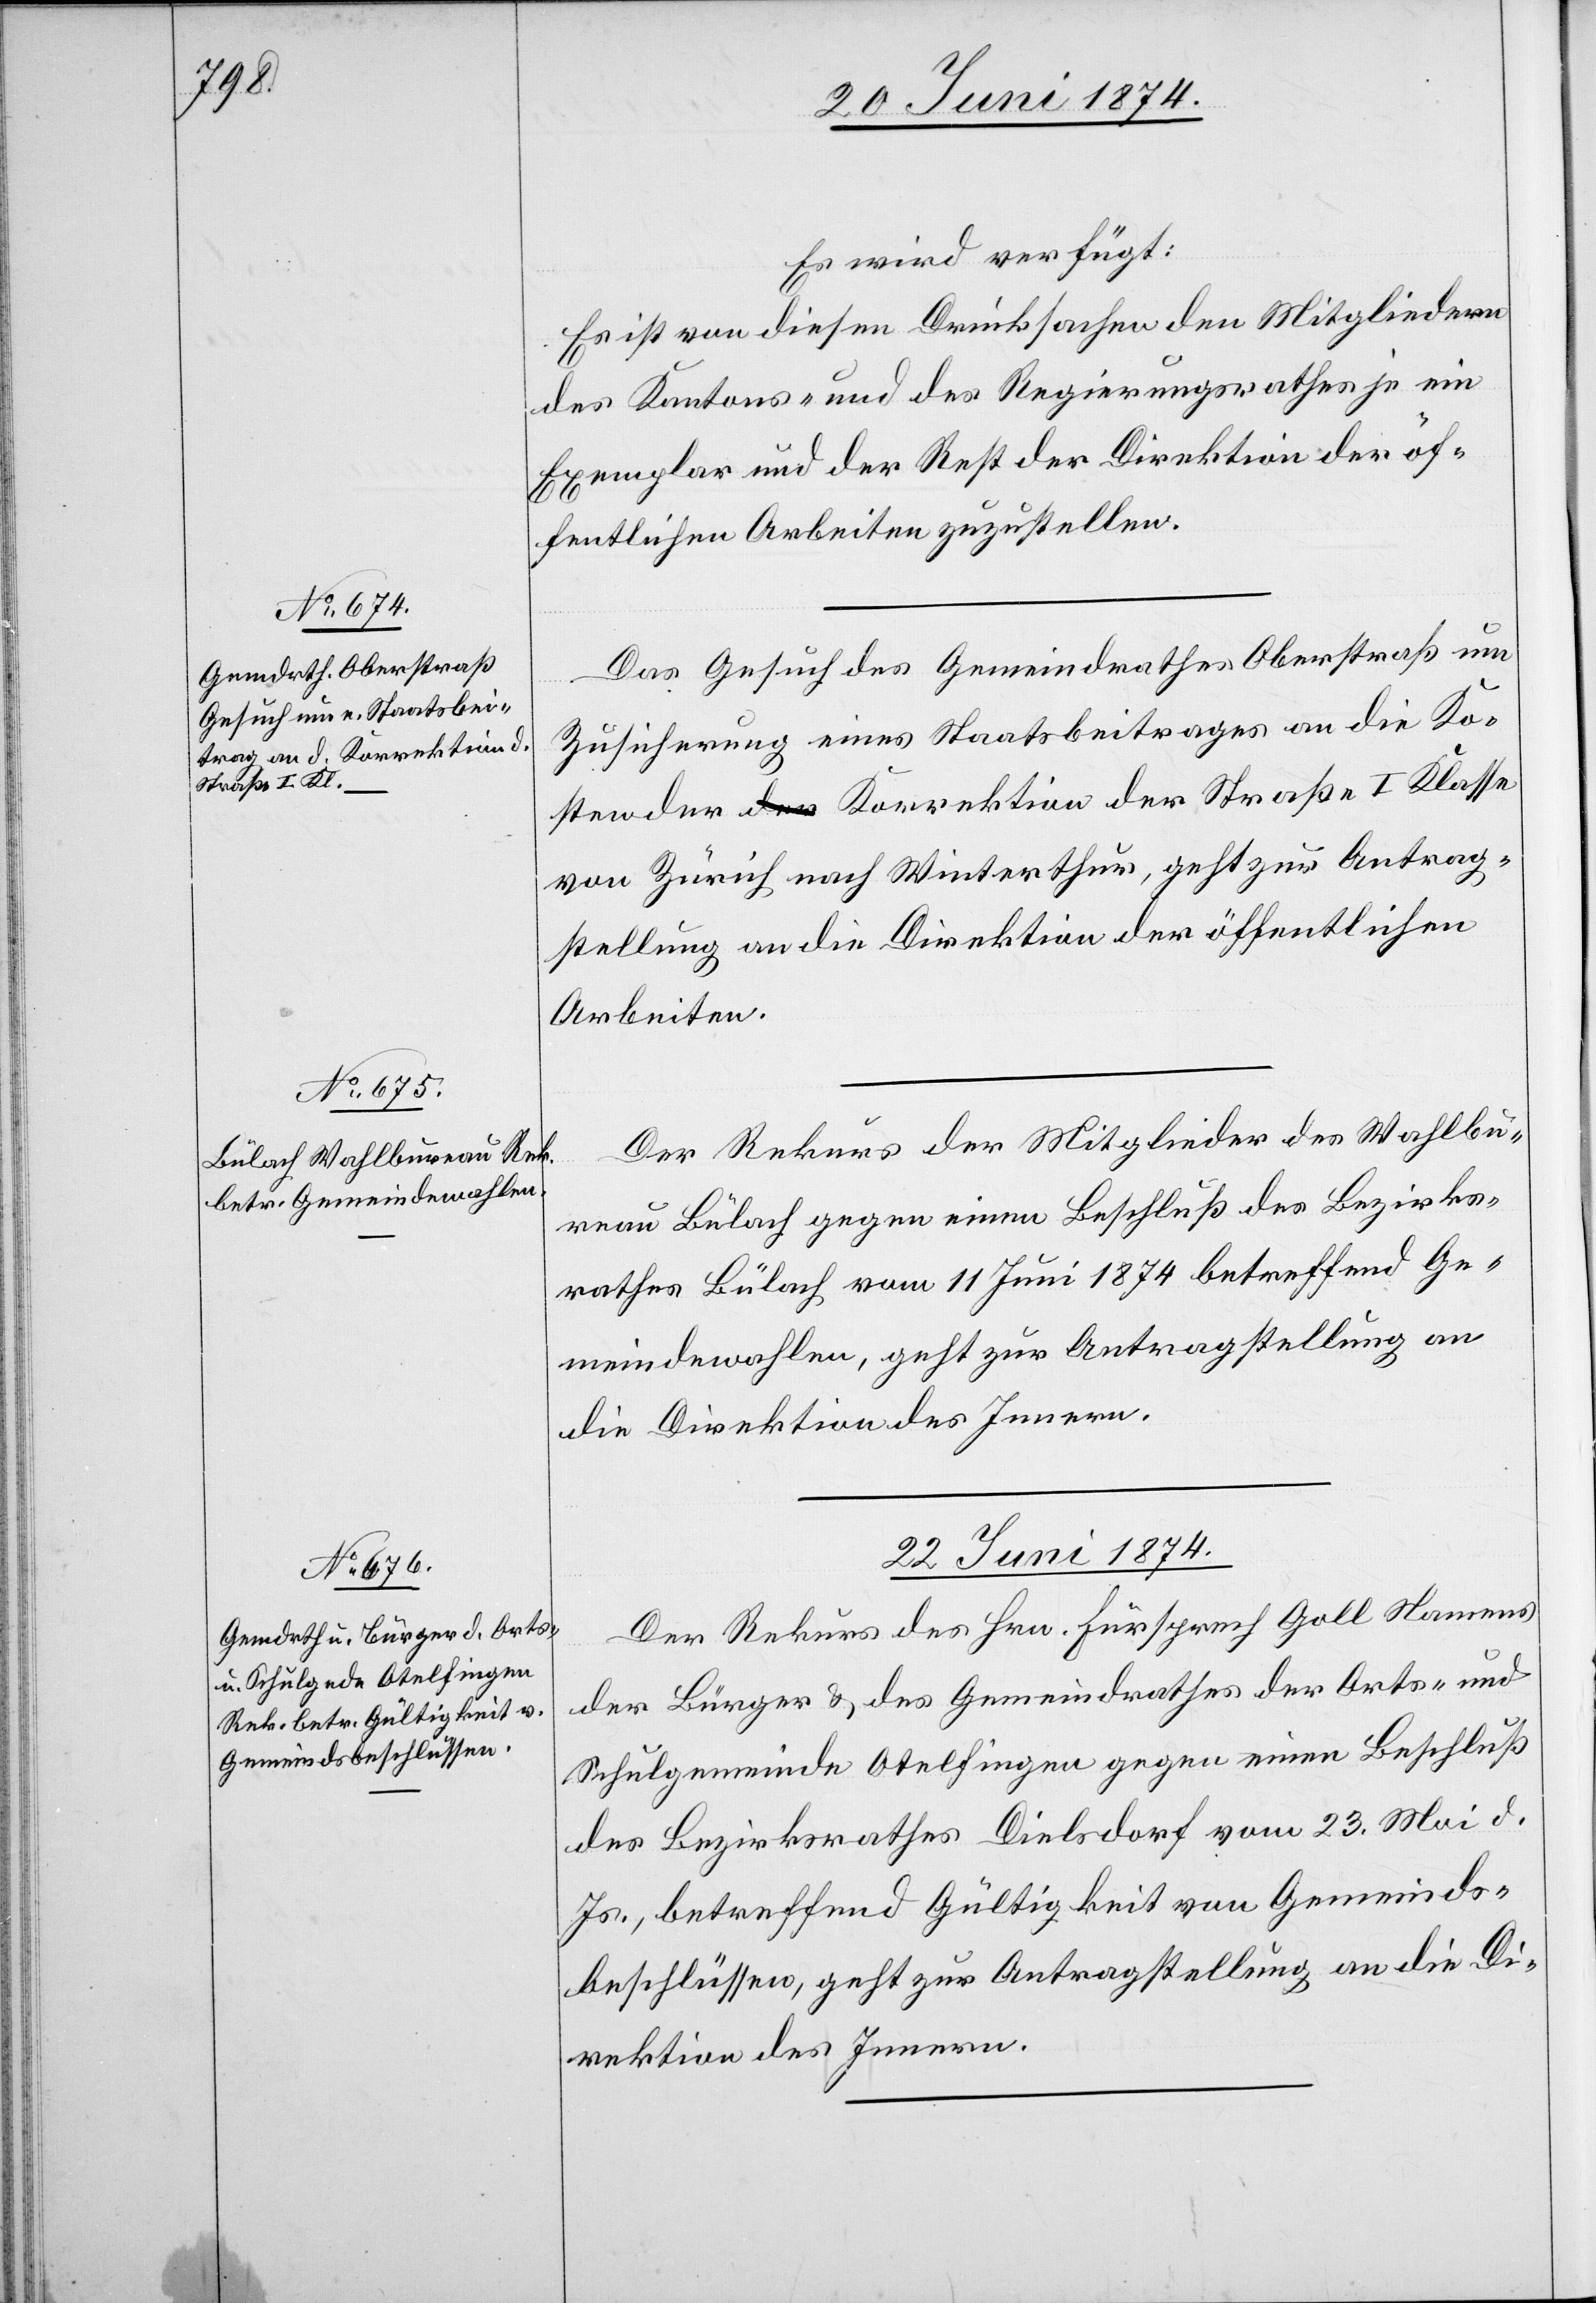
20. Juni 1874.]
Es wird verfügt:
Es ist von diesen Drucksachen den Mitgliedern
des Kantons- und des Regierungsrathes je ein
Exemplar und der Rest der Direktion der öf¬
fentlichen Arbeiten zuzustellen.
Das Gesuch des Gemeindrathes Oberstraß um
Zusicherung eines Staatsbeitrages an die Ko¬
sten der Korrektion der Straße I. Klasse
von Zürich nach Winterthur, geht zur Antrag¬
stellung an die Direktion der öffentlichen
Arbeiten.
Der Rekurs der Mitglieder des Wahlbu¬
reau Bülach gegen einen Beschluß des Bezirks¬
rathes Bülach vom 11. Juni 1874 betreffend Ge¬
meindewahlen, geht zur Antragstellung an
die Direktion des Innern.
22. Juni 1874.
Der Rekurs des Hrn. Fürsprech Goll Namens
der Bürger u. des Gemeindrathes der Orts- und
Schulgemeinde Otelfingen gegen einen Beschluß
des Bezirksrathes Dielsdorf vom 23. Mai d.
Js., betreffend Gültigkeit von Gemeinds¬
beschlüssen, geht zur Antragstellung an die Di¬
rektion des Innern.